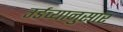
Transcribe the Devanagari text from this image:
उर्डच्यानुसार